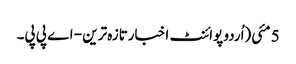
5 مئی(اُردو پوائنٹ اخبارتازہ ترین - اے پی پی۔